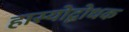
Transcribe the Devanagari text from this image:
हास्योद्बोधक